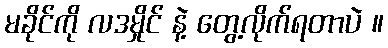
မခိုင်ကို လဒမှိုင် နဲ့ တွေ့လိုက်ရတာပဲ ။